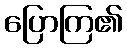
ပြောကြ၏